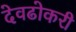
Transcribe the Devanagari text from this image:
देवढोकरी